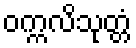
ဝက္ကလိသုတ္တံ